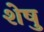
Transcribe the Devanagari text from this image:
शेषु